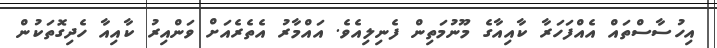
އިހުސާސްތައް އެއްފަހަރާ ކާއިއާގެ މޫނުމަތިން ފެނިލިއެވެ. އައްމާރު އެތެރެއަށް ވަންއިރު ކާއިއާ ހެދިގޮތަކުން